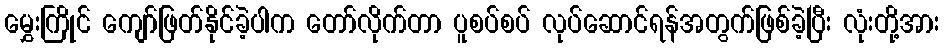
မွှေးကြိုင် ကျော်ဖြတ်နိုင်ခဲ့ပါက တော်လိုက်တာ ပူစပ်စပ် လုပ်ဆောင်ရန်အတွက်ဖြစ်ခဲ့ပြီး လုံးတို့အား